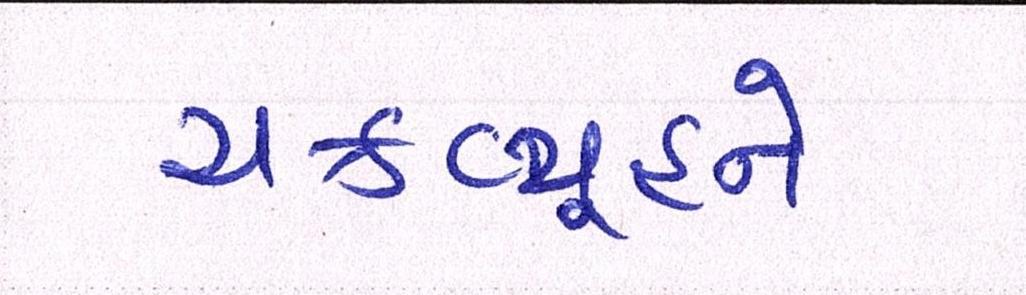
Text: ચક્રવ્યૂહને